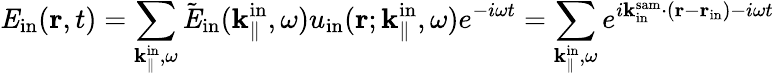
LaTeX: {\mathit E}_{\mathrm{in}}({\mathbf r},t)=\sum_{{\mathbf k}_{\parallel}^{\mathrm{in}},\omega}\tilde{\mathit E}_{\mathrm{in}}({\mathbf k}_{\parallel}^{\mathrm{in}},\omega)u_{\mathrm{in}}({\mathbf r};{\mathbf k}_{\parallel}^{\mathrm{in}},\omega)e^{-i\omega t}=\sum_{{\mathbf k}_{\parallel}^{\mathrm{in}},\omega}e^{i{\mathbf k}_{\mathrm{in}}^{\mathrm{sam}}\cdot({\mathbf r}-{\mathbf r}_{\mathrm{in}})-i\omega t}